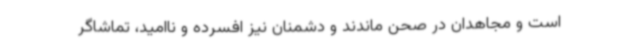
است و مجاهدان در صحن ماندند و دشمنان نیز افسرده و ناامید، تماشاگر